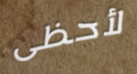
لأحظى